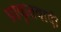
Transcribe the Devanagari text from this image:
प्राकृतवादी